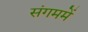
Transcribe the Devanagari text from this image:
संगममें